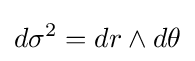
d\sigma ^{2}=dr\wedge d\theta